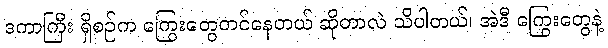
ဒကာကြီး ရှိစဉ်က ကြွေးတွေတင်နေတယ် ဆိုတာလဲ သိပါတယ်၊ အဲဒီ ကြွေးတွေနဲ့